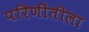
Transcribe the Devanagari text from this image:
परिणीतीला